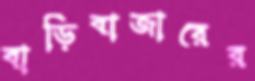
বাড়িবাজারের